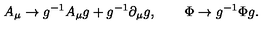
A _ { \mu } \to g ^ { - 1 } A _ { \mu } g + g ^ { - 1 } \partial _ { \mu } g , \qquad \Phi \to g ^ { - 1 } \Phi g .